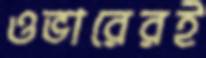
ওভারেরই